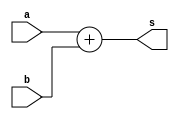
module adder(a,b,s);
  input [63:0] a,b;
  output [63:0] s;

   assign s = a + b;
    
  endmodule